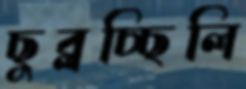
ছুব্‌লচ্ছিলি